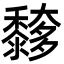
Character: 䵙